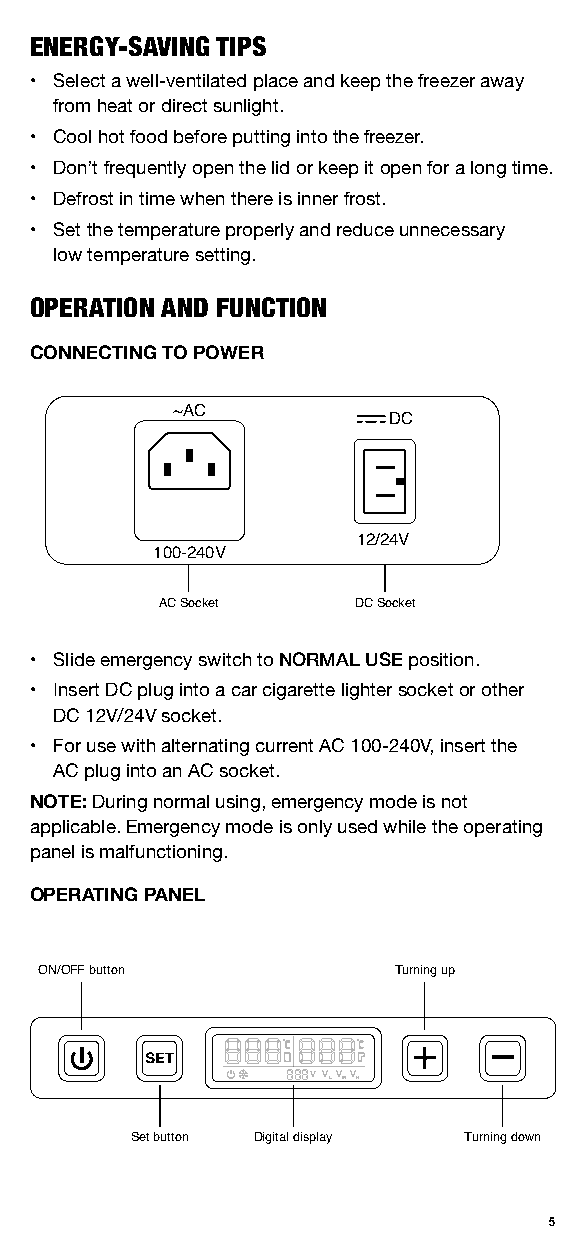
ENERGY-SAVING TIPS
 • Select a well-ventilated place and keep the freezer away
 from heat or direct sunlight.
 • Cool hot food before putting into the freezer.
 • Don’t frequently open the lid or keep it open for a long time.
 • Defrost in time when there is inner frost.
 • Set the temperature properly and reduce unnecessary
 low temperature setting.
 OPERATION AND FUNCTION
 CONNECTING TO POWER
 ~AC
 DC
 12/24V
 100-240V
 AC Socket    DC Socket
 • Slide emergency switch to NORMAL USE position.
 • Insert DC plug into a car cigarette lighter socket or other
 DC 12V/24V socket.
 • For use with alternating current AC 100-240V, insert the
 AC plug into an AC socket.
 NOTE: During normal using, emergency mode is not
 applicable. Emergency mode is only used while the operating
 panel is malfunctioning.
 OPERATING PANEL
 ON/OFF button          Turning up
 888  888
 888V VLVMVH
 Set button Digital display Turning down
 5